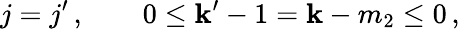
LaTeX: j=j^{\prime}\, ,\qquad0\leq\mathbf{k}^{\prime}-1=\mathbf{k}-m_{2}\leq0\, ,